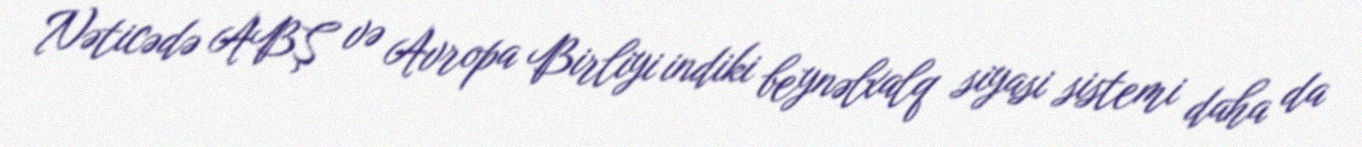
Nəticədə ABŞ və Avropa Birliyi indiki beynəlxalq siyasi sistemi daha da